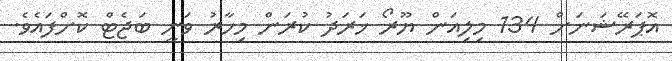
އޮޕަރޭޝަނަށް 134 މިލިއަން ޔޫރޯ ޚަރަދު ކުރަން މިހާރު ވަނީ ބަޖެޓް ކޮށްފައެވެ.